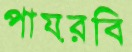
পায়রবি